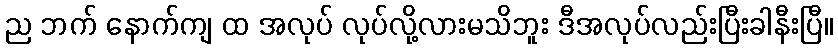
ည ဘက် နောက်ကျ ထ အလုပ် လုပ်လို့လားမသိဘူး ဒီအလုပ်လည်းပြီးခါနီးပြီ။